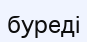
буреді